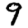
Digit: 9